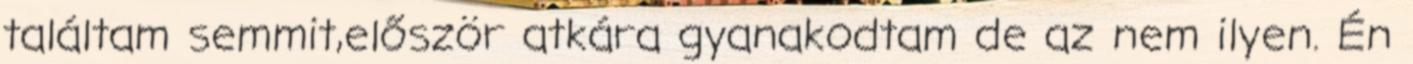
találtam semmit,először atkára gyanakodtam de az nem ilyen. Én